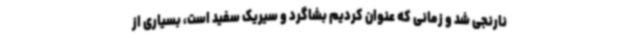
نارنجی شد و زمانی که عنوان کردیم بشاگرد و سیریک سفید است، بسیاری از